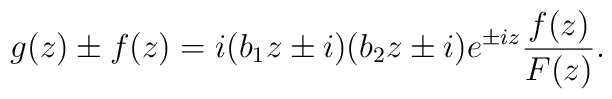
g(z)\pm f(z)=i(b_{1}z\pm i)(b_{2}z\pm i)e^{\pm iz}\frac{f(z)}{F(z)}.